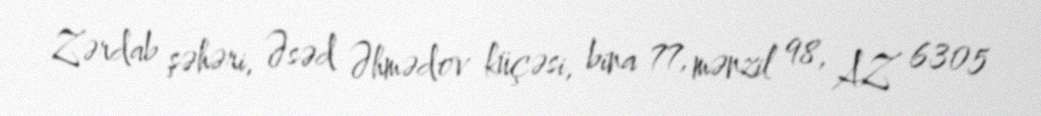
Zərdab şəhəri, Əsəd Əhmədov küçəsi, bina 77, mənzil 98, AZ 6305